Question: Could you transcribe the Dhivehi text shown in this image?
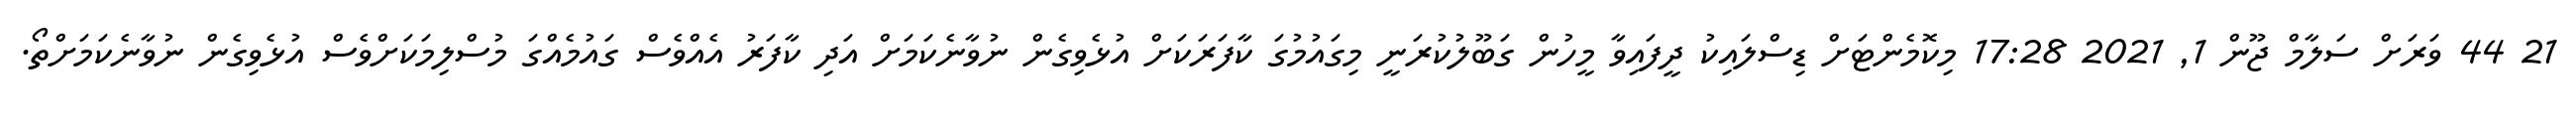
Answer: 21 44 ވަރަށް ސަލާމް ޖޫން 1, 2021 17:28 މިކޮމެންޓަށް ޑިސްލައިކު ދީފައިވާ މީހުން ގަބޫލުކުރަނީ މިގައުމުގަ ކާފަރަކަށް އުޅެވިގެން ނުވާނެކަމަށް އަދި ކާފަރު އެއްވެސް ގައުމެއްގަ މުސްލިމަކަށްވެސް އުޅެވިގެން ނުވާނެކަމަށްތޯ.